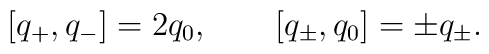
[ q_+ , q_- ] = 2 q_0, \qquad[ q_\pm , q_0 ] = \pm q_\pm.